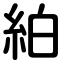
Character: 絈